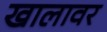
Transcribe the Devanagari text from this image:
खालावर